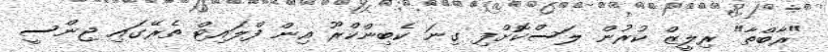
"ރާބްތާ" ރިލީޒް ކުރުން ލަސްކޮށްފި ގިނަ ކެބިންކްރޫ އިން ފްލައިޓް ތެރޭގައި ޖިންސީ